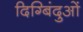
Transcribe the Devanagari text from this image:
दिग्बिंदुओं